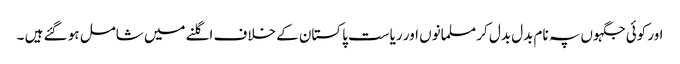
اور کوئی جگہوں پہ نام بدل بدل کر مسلمانوں اور ریاست پاکستان کے خلاف اگلنے میں شامل ہو گئے ہیں ۔